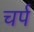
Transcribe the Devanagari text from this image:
चर्प